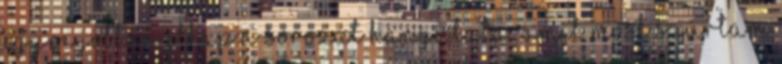
egyre jobban elkap a sorozat hangulata. Amit most szúrtam